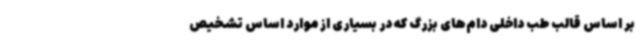
بر اساس قالب طب داخلی دام‌های بزرگ که در بسیاری از موارد اساس تشخیص